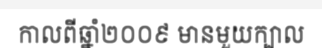
កាលពីឆ្នាំ២០០៩ មានមួយក្បាល